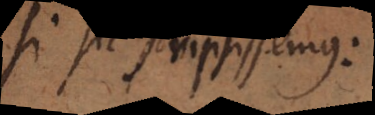
si sic scripsissemus: